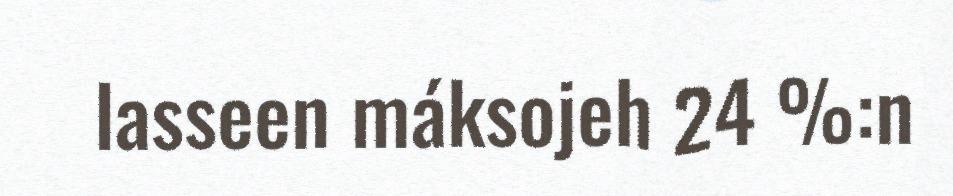
lasseen máksojeh 24 %:n